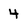
Character: 4